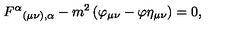
F ^ { \alpha } { } _ { ( \mu \nu ) , \alpha } - m ^ { 2 } \left( \varphi _ { \mu \nu } - \varphi \eta _ { \mu \nu } \right) = 0 ,